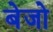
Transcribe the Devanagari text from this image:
बेजो